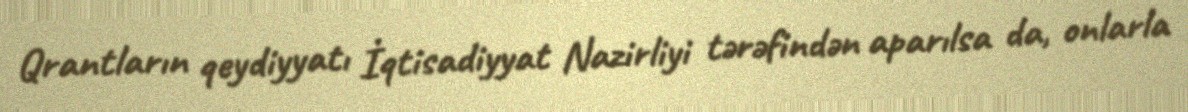
Qrantların qeydiyyatı İqtisadiyyat Nazirliyi tərəfindən aparılsa da, onlarla